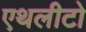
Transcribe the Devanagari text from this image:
एथलीटो